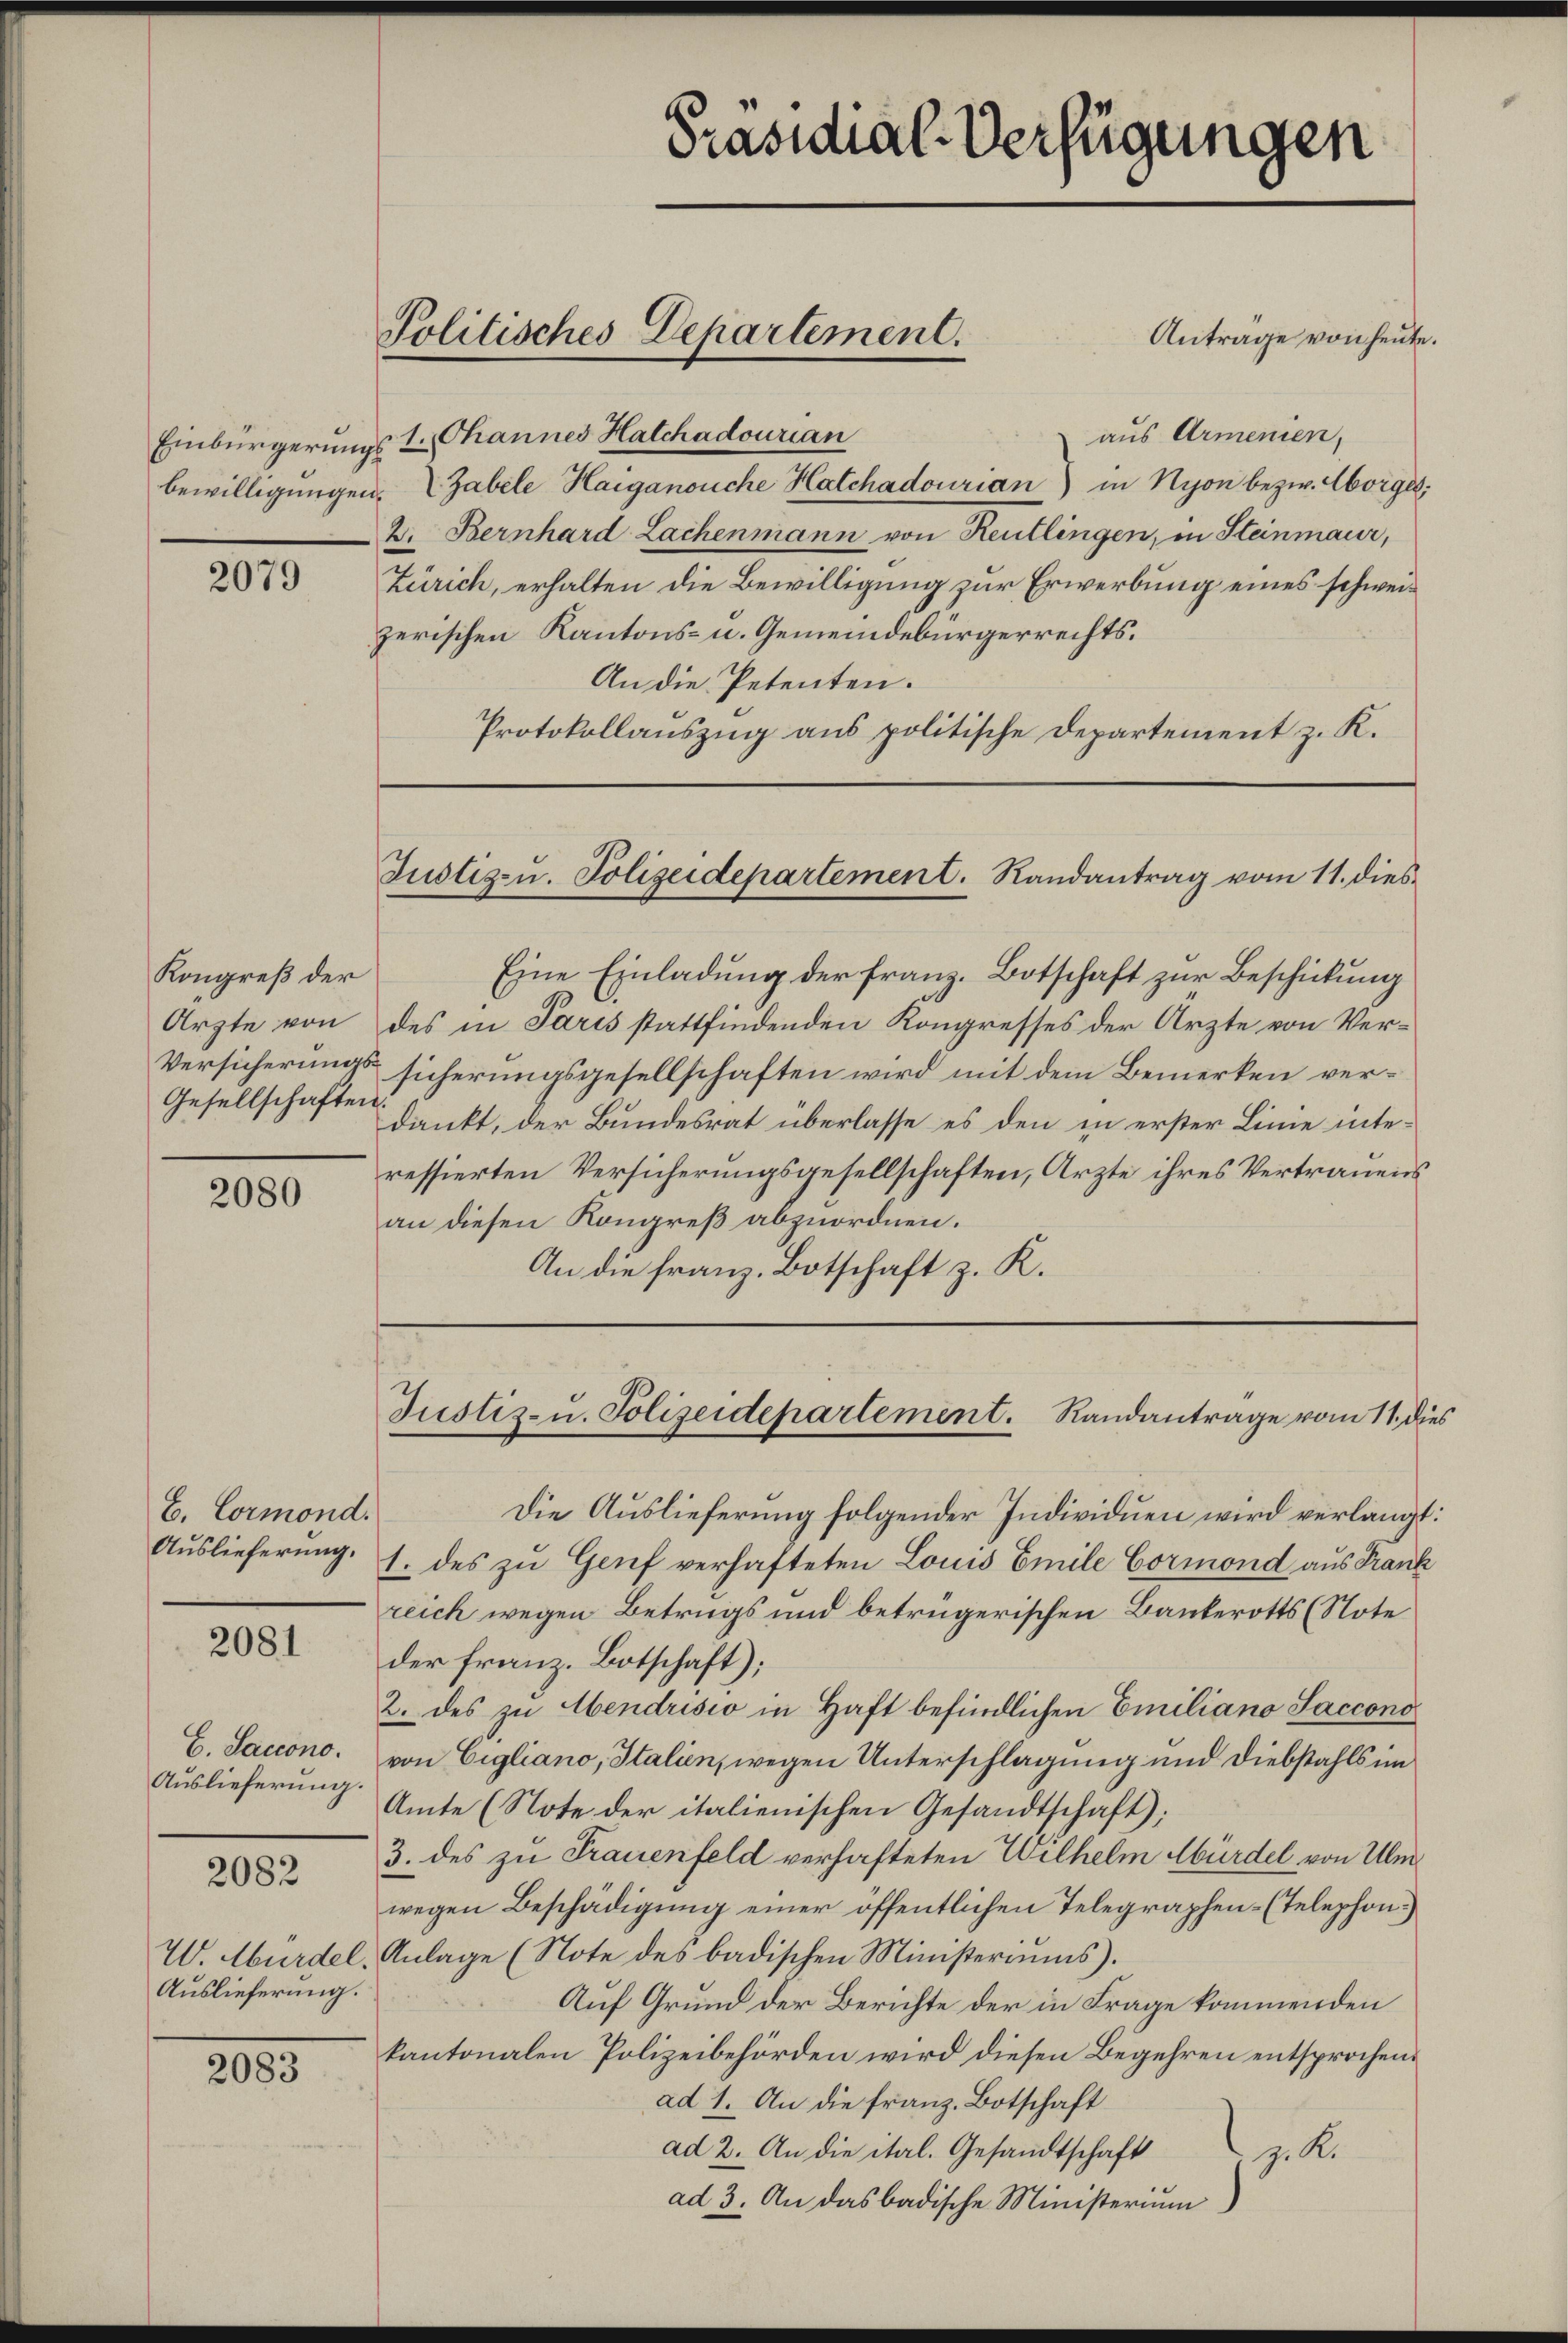
2079

Kongreß der
Gesellschaften

2080

B. Cormond.

2081

C. Saccono.
Auslieferung.

2082

Auslieferung.

2083

Anträge von heute.
aus Armenien,
Einbürgerungst Channes Hatchadourian
bewilligungen. (Zabele Haiganouche Hatchadourian) in Nyon bezw. Horges;
2. Bernhard Lachenmann von Reutlingen, in Steinmaur,
Zürich, erhalten die Bewilligung zur Erwerbung eines schweizerischen Kantons- u. Gemeindebürgerrechts¬
An die Petenten.
Protokollauszug aus politische Departement z. K.

Präsidial-Verfügungen

Politisches Departement.

Justiz-u. Polizeidepartement. Randantrag vom 11. dies

Eine Einladung der franz. Botschaft zur Beschickung
Arzte von des in Paris stattfindenden Kongresses der Arzte von Ver¬
Versicherungs sicherungsgesellschaften wird mit dem Bemerken verdankt, der Bundesrat überlasse es den in erster Linie interessierten Versicherungsgesellschaften, Arzte ihres Vertrauens
an diesen Kongreß abzuordnen.
An die Franz. Botschaft z. K.

Die Auslieferung folgender Individuen wird verlangt:
Auslieferung. 1. des zu Genf verhafteten Louis Emile Cormond aus Frank
reich wegen Betrugs und betrügerischen Bankerotts (Note
der franz. Botschaft);
2. des zu Abendrisio in Haft befindlichen Emiliano Saccono
von Eigliano, Italien, wegen Unterschlagung und Diebstahls im
Amte (Note der italienischen Gesandtschaft):
3. des zu Frauenfeld verhafteten Wilhelm Abürdel von Ulm
wegen Beschädigung einer öffentlichen Telegraphen- (Telephon.)
W. Murdel, Anlage (Note des badischen Ministeriums.
Auf Grund der Berichte der in Frage kommenden
kantonalen Polizeibehörden wird diesen Begehren entsprochend
ad 1. An die Franz. Botschaft
ad 2. An die ital. Gesandtschaft
z. R.
ad 3. An das badische Ministerium

Justiz- u. Polizeidepartement. Randantrage vom 11. dies